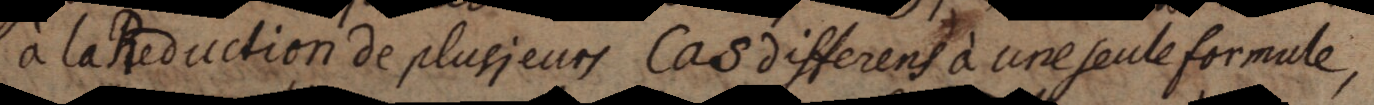
à la Reduction de plusieurs Cas differens à une seule formule,